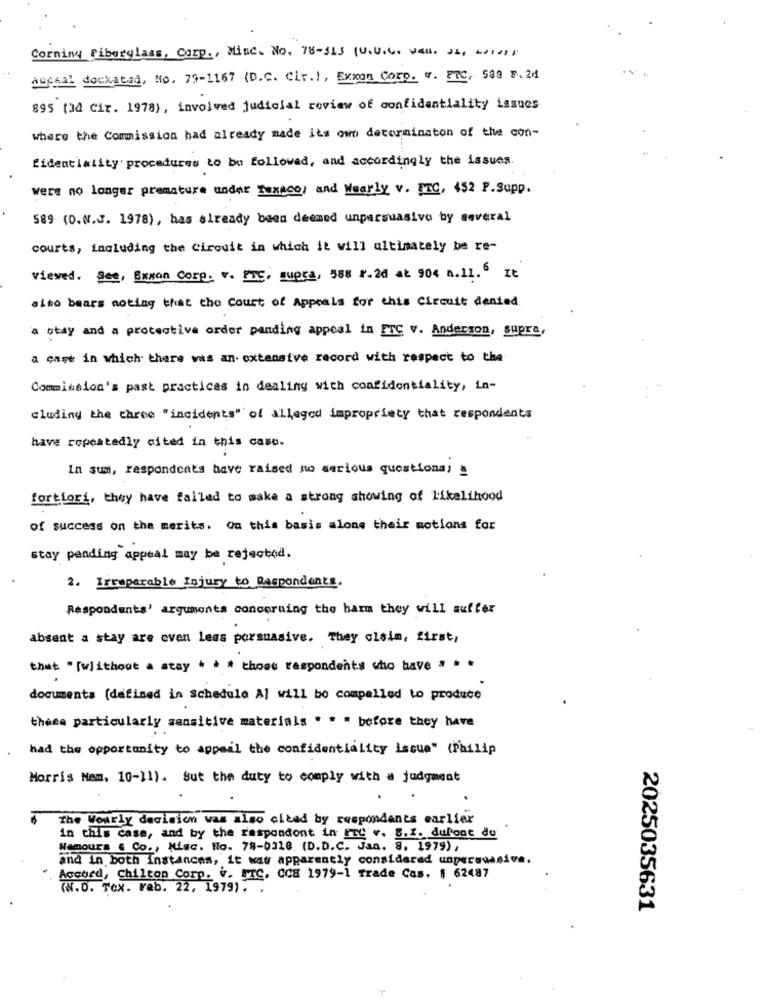
Corning Fiberglass, Corp ., Mine. No. 78-315 (U.U.C. wall. Js, LIT)
auchal dockatad, No. 79-1167 (D.C. Civ .!, Exxon Corp. v. ETC, 583 5. 24
895 (3d Cir. 1978), involved judicial review of confidentiality issues
where the Commission had already made its own determinaton of the con-
fidentiality procedures to be followed, and accordingly the issues.
were no longer premature under Taxecos and Wearly v. PIC, 452 F. Supp.
589 (D.N.J. 1978), has already been deemed unpersuasivo by several
courts, including the Circuit in which it will ultimately be re-
viewed. See, Bawan Corp. v. PTC. supra, 588 1.20 at 904 a.11.6 It
alto bears noting that the Court of Appeals for this Circuit denied.
a stay and a protective order panding appeal in FTC v. Anderson, supra.
a case in which there was an extensive record with respect to the
Commission's past practices in dealing with confidentiality, in-
cluding the three "incidents" of alleged impropriety that respondents
have repeatedly cited in this case.
In sum, respondents have raised no serious questiona! !
fortiori, they have failed to make a strong showing of likelihood
of success on the merits. On this basis alone their motions for
stay pending appeal may be rejected.
2. Irreparable Injury to Respondents.
Respondents' arguments concoruing the harm they will suffer
absent a stay are even less porsuasive. They claim, first,
that "[w]ithoot a stay * * * those respondents who have " "
documents (defined in schedule A) will bo compelled to produce
there particularly sensitive materials * * * before they have
had the opportunity to appeal the confidentiality issue" (Philip
Morris Nem. 10-11). But the duty to comply with a judgment
The Wourly decision was also cited by respondents earlier
in this case, and by the respondent in TU v. B.I. dupont du
NemOurs & Co ., Misc. Ho. 78-0318 (D.D.C. Jan. 8. 1979) ,
and in both Instances, it was apparently considered unpersuasive.
Accord, Chilton Corp. v. FrC. CCH 1979-1 Trade Cas. | 62487
(N.D. Tex. reb. 22, 1979). .
2025035631